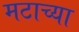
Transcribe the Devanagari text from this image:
मटाच्या